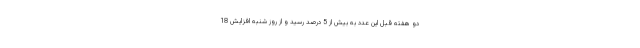
دو هفته قبل این عدد به بیش از 5 درصد رسید و از روز شنبه افزایش 18